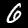
Label: 6